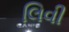
લિવી